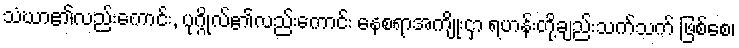
သံဃာ၏လည်းကောင်း, ပုဂ္ဂိုလ်၏လည်းကောင်း နေစရာအကျိုးငှာ ရဟန်းတို့ချည်းသက်သက် ဖြစ်စေ၊